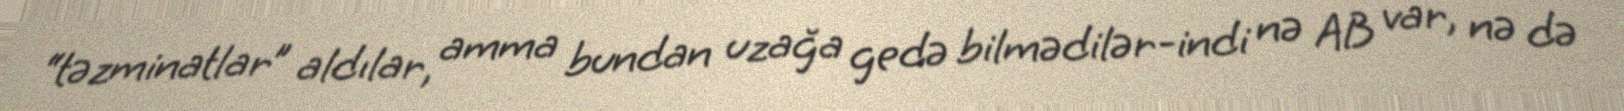
“təzminatlar” aldılar, amma bundan uzağa gedə bilmədilər-indi nə AB var, nə də